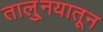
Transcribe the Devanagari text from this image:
तालु्नयातून